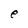
Character: e